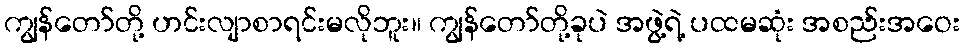
ကျွန်တော်တို့ ဟင်းလျာစာရင်းမလိုဘူး။ ကျွန်တော်တို့ခုပဲ အဖွဲ့ရဲ့ ပထမဆုံး အစည်းအဝေး